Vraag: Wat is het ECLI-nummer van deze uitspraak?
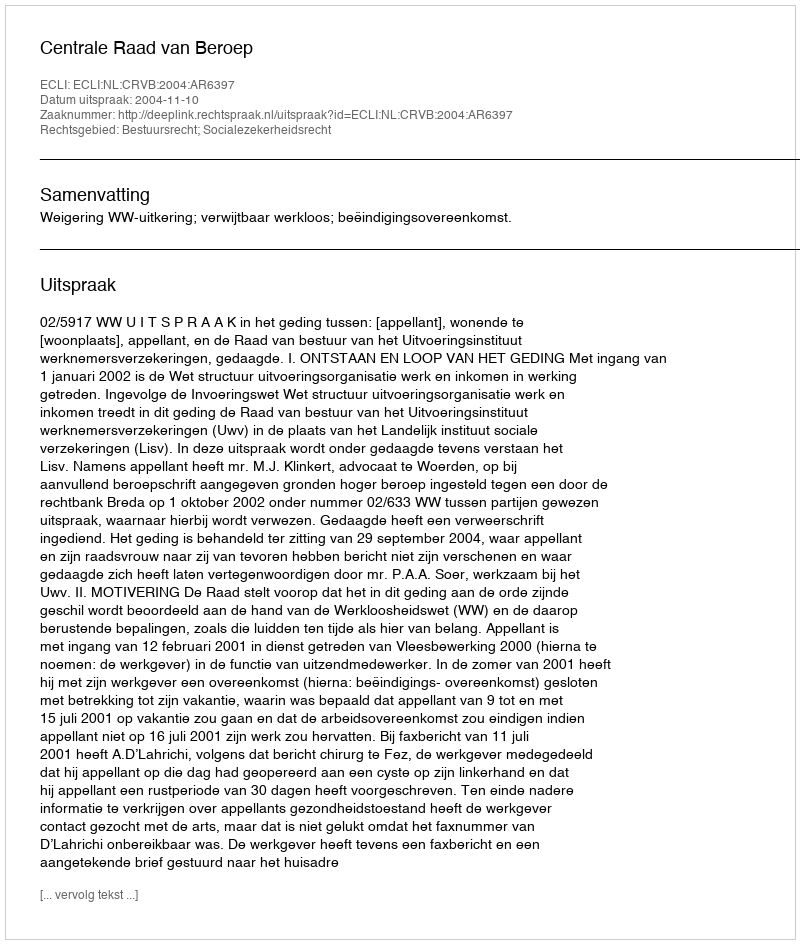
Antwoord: ECLI:NL:CRVB:2004:AR6397